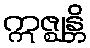
ဣဇ္ဈန္တိ